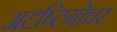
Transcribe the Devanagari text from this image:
अदृष्टिगोचर